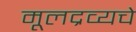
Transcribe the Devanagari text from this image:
मूलद्रव्यचे